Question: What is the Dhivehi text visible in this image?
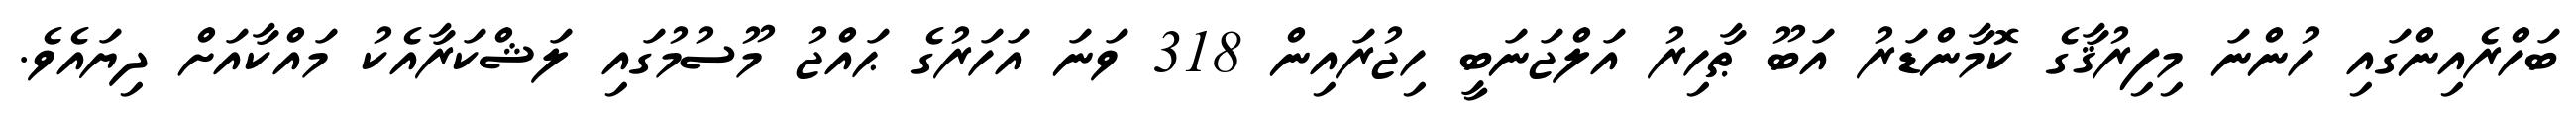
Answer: ބަހްރެއިންގައި ހުންނަ މިފިރުޤާގެ ކޮމާންޑަރު އަބޫ ޠާހިރު އަލްޖަނަބީ ހިޖުރައިން 318 ވަނަ އަހަރުގެ ޙައްޖު މޫސުމުގައި ލަޝްކަރާއެކު މައްކާއަށް ދިޔައެވެ.